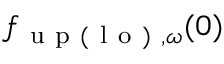
{ f } _ { \mathrm { ~ u ~ p ~ ( ~ l ~ o ~ ) ~ } , \omega } ( 0 )